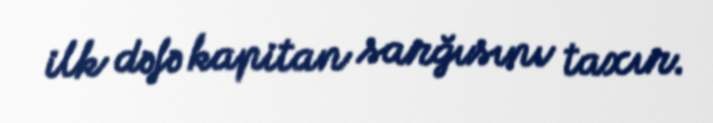
ilk dəfə kapitan sarğısını taxır.